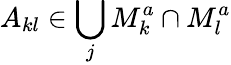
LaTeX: A_{kl}\in\bigcup_{j}M_{k}^{a}\cap M_{l}^{a}